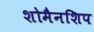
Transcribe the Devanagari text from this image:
शोमैनशिप